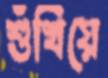
শুঁখিয়ে